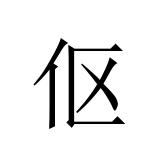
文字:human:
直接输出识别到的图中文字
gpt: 伛